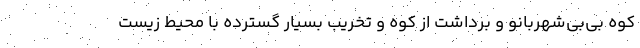
کوه بی‌بی‌شهربانو و برداشت از کوه و تخریب بسیار گسترده با محیط‌ زیست